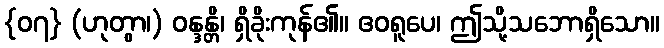
{၀၇} (ဟုတွာ၊) ဝန္ဒန္တိ၊ ရှိခိုးကုန်၏။ ဧဝရူပေ၊ ဤသို့သဘောရှိသော။